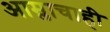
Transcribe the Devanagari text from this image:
आम्लाचाही